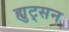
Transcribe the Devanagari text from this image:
ह्युट्सन